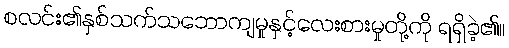
စလင်း၏နှစ်သက်သဘောကျမှုနှင့်လေးစားမှုတို့ကို ရရှိခဲ့၏။